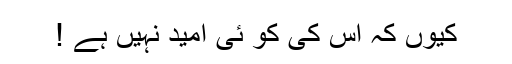
کیوں کہ اس کی کو ئی امید نہیں ہے !